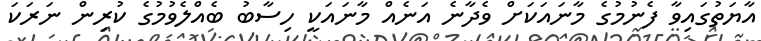
އާޔަތުގައިވާ ފެނުމުގެ މާނައަކަށް ވެދާނެ އަނެއް މާނައަކީ ހިސާބު ބެއްލެވުމުގެ ކުރިން ނަރަކަ